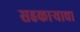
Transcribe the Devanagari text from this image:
सहकार्‍याचा